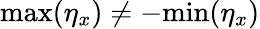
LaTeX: \mathrm{max}(\eta_{x})\neq-\mathrm{min}(\eta_{x})